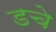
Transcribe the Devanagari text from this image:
डचे